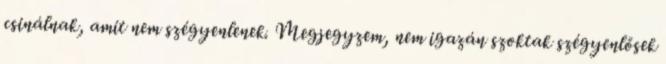
csinálnak, amit nem szégyenlenek. Megjegyzem, nem igazán szoktak szégyenlősek